Calcutta medical institutions reports 1871-78
Year: 1871
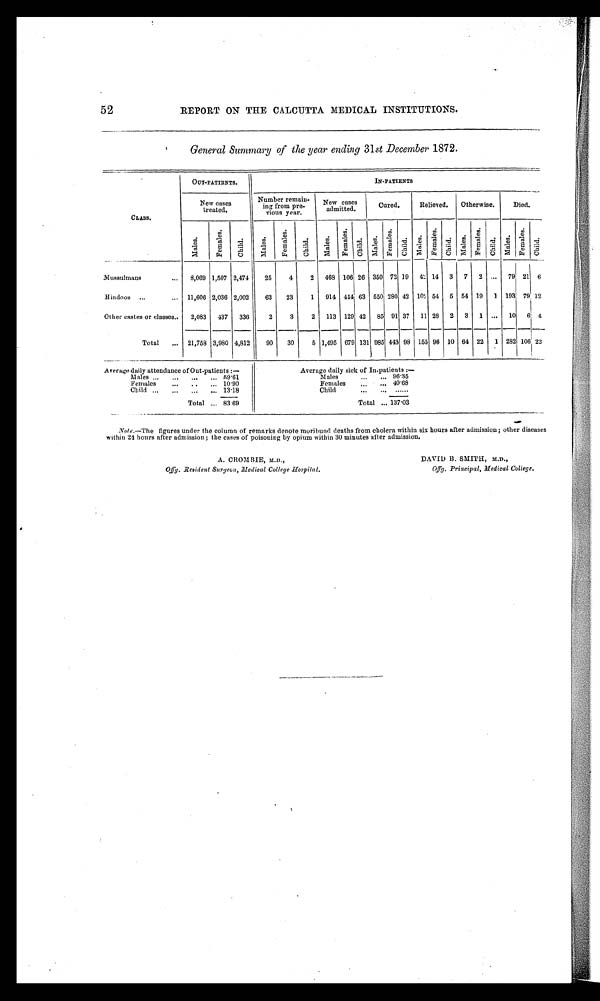
52
REPORT ON THE CALCUTTA MEDICAL INSTITUTIONS.
General Summary of the year ending 31st December 1872.
CLASS.
O U T - P A T I E N T S .
IN-PATIENTS
New cases
t r e a t e d .
Number
R E M A I N -
ing from pre-
vious year.
New cases
admitted.
Cured.
Relieved.
Otherwise.
Died.
M u s s u l m a n s .
M a l e s .
F e m a l e s .
C h i l d
.
M a l e s .
F E m a l e s .
C h i l d .
M a l e s .
Femal es.
Child. Mal es.
Femal es.
C h i l d .
M a l e s .
F e m a l e s .
C h i l d .
M a l e s .
F E m a l e s .
C h i l d .
M a l e s .
Femal es.
C h i l d .
8,069 1,507 2,474
25
4
2
468 106 26 350 72 ]9
4 14
3
7
2 ...
79 21 6
Hindoos
11,600 2,036 2,002
63
23
1
914 444 63 550 280 42 101 54
5
54 19
1 193 79 12
Other castes or classes
2,083
437
336
2
3
2
113 129 42
85 91 37
11 28
2
3
1 ...
10
4
Total
21,758 3,980 4,812
90
30
5 1,495 679 131 985 443 98 155 96 10 64 22
1 282 106 22
Average daily attendance of Out-patients :—
Average daily sick of In-patients :
—
Males ...
...
...
... 59.61
Males
9 6 . 3 5
Females
1 0 . 9 0
Females
40.68
Child
13.18
Child
......
T o t a l
8 3 . 6 9
Total
... 137.03
Note. —The figures under the column of remarks denote moribund deaths from cholera within six hours after admission; other diseases
within 24 hours after admission; the eases of poisoning by opium within 30 minutes alfter admission.
A. CROMBIE, M.D.,
DAVID B. SMITH, M.D.,
Offg. Resident Surgeon, Medical College Hopilat. Offg.Principal, Medical College.
.